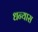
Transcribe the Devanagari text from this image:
धन्यास